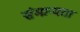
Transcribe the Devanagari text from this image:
संमान्यता